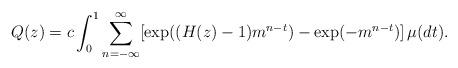
LaTeX: \begin{align*}Q(z) = c \int_0^1 \sum_{n=-\infty}^\infty [\exp((H(z)-1)m^{n-t}) - \exp(-m^{n-t})]\,\mu(dt).\end{align*}